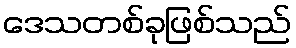
ဒေသတစ်ခုဖြစ်သည်